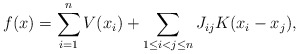
\begin{align*}f(x) &= \sum_{i=1}^n V(x_i) + \sum_{1 \le i < j \le n} J_{ij} K(x_i-x_j), \end{align*}